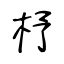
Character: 杼